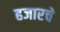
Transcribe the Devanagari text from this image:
हजारचे